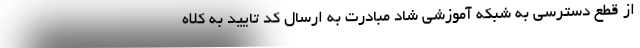
از قطع دسترسی به شبکه آموزشی شاد مبادرت به ارسال کد تایید به کلاه